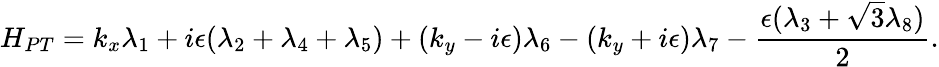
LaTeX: H_{PT}=k_{x}\lambda_{1}+i\epsilon(\lambda_{2}+\lambda_{4}+\lambda_{5})+(k_{y}-i\epsilon)\lambda_{6}-(k_{y}+i\epsilon)\lambda_{7}-\frac{\epsilon(\lambda_{3}+\sqrt{3}\lambda_{8})}{2}.